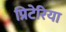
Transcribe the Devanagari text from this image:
प्रिटेरिया